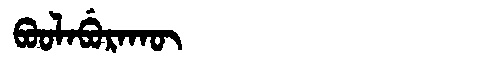
Manchu: ᠪᠣᠣᠯᠠᠪᡠᡵᠠᡴᡡ
Romanization: BOOLABURAKŪ